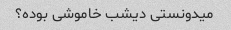
میدونستی دیشب خاموشی بوده؟